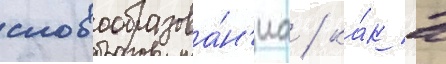
словообразова́н'иа / ка́к в